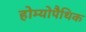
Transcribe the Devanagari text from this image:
होम्‍योपैथिक